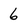
Character: 6